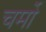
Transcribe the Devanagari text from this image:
चर्मो